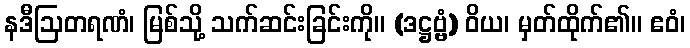
နဒီဩတရဏံ၊ မြစ်သို့ သက်ဆင်းခြင်းကို။ (ဒဋ္ဌဗ္ဗံ) ဝိယ၊ မှတ်ထိုက်၏။ ဧဝံ၊